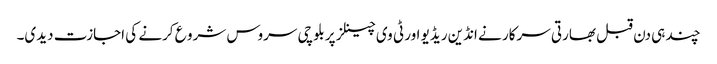
چند ہی دن قبل بھارتی سرکار نے انڈین ریڈیو اور ٹی وی چینلز پر بلوچی سروس شرو ع کرنے کی اجازت دیدی۔